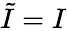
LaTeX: {\tilde{I}}=I